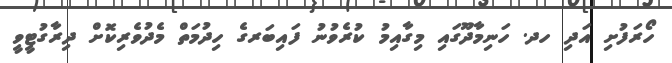
ހޯރަފުށި އަދި ހދ. ހަނިމާދޫގައި މިގާއިމު ކުރެވުނު ފައިބަރގެ ހިދުމަތް މެދުވެރިކޮށް ދިރާގުޓީވީ